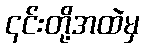
၎င်းတို့အထဲမှ